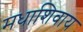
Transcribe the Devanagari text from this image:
मधाशिवाय